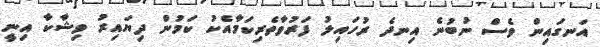
އަނގައިން ވެސް ނުބުނެ އިނދެ ރުހައިލު ފަރުވާތެރިކަމާއެކު ކަމުން ދިޔައިރު ވިޝާކާ އިނީ